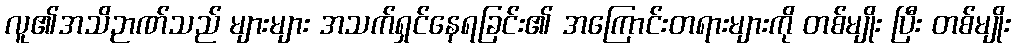
လူ၏အသိဉာဏ်သည် များများ အသက်ရှင်နေရခြင်း၏ အကြောင်းတရားများကို တစ်မျိုး ပြီး တစ်မျိုး